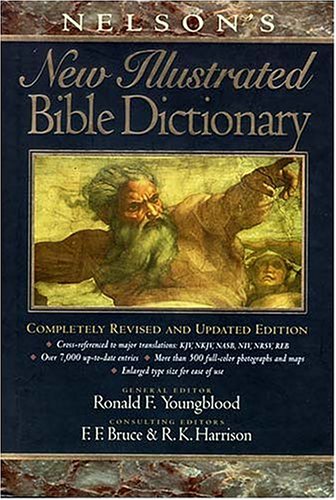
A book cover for Nelson's New Illustrated Bible Dictionary: Completely Revised and Updated Edition; Christian Books & Bibles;